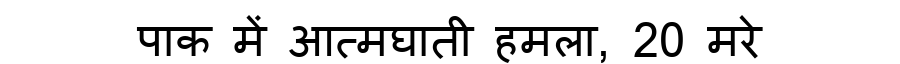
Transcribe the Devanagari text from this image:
पाक में आत्मघाती हमला, 20 मरे